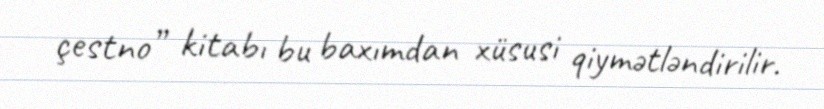
çestno” kitabı bu baxımdan xüsusi qiymətləndirilir.